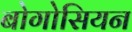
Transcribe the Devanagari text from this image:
बोगोसियन